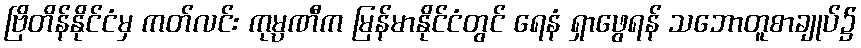
ဗြိတိန်နိုင်ငံမှ ကတ်လင်း ကုမ္ပဏီက မြန်မာနိုင်ငံတွင် ရေနံ ရှာဖွေရန် သဘောတူစာချုပ်၌